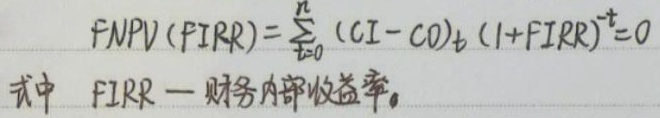
\[
FNPV(FIRR)=\sum_{t = 0}^{n}(CI - CO)_t(1 + FIRR)^{-t}=0
\]
式中 FIRR — 财务内部收益率。